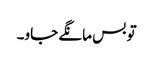
تو بس مانگے جاو۔